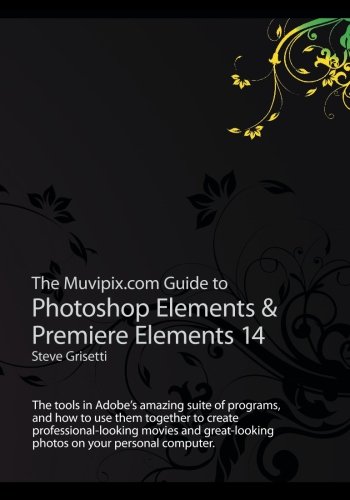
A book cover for The Muvipix.com Guide to Photoshop Elements & Premiere Elements 14: The tools in Adobe?s amazing suite of programs, and how to use them together to ... photos on your personal computer; Steve Grisetti; Arts & Photography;